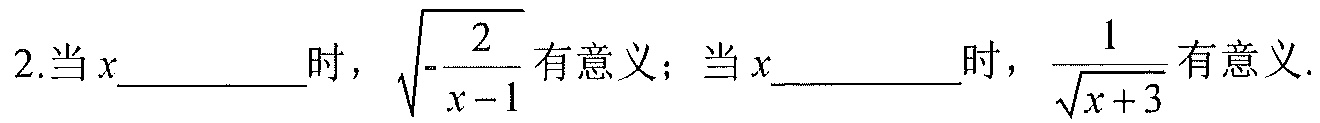
2.当\(x\underline{\quad\quad}\)时，\(\sqrt{-\frac{2}{x - 1}}\)有意义；当\(x\underline{\quad\quad}\)时，\(\frac{1}{\sqrt{x + 3}}\)有意义.